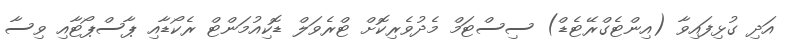
އަދި ގުޅިފައިވާ (އިންޓެގްރޭޓެޑް) ސިސްޓަމް މެދުވެރިކޮށް ޓްރެވަލް ޑޮކިއުމަންޓް ރެކޯޑާއި ޕާސްޕޯޓާއި ވިސާ